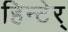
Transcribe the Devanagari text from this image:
हिन्टेर्